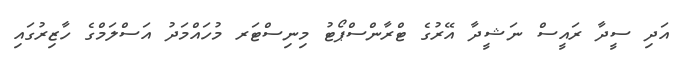
އަދި ސީދާ ރައީސް ނަޝީދާ އޭރުގެ ޓްރާންސްޕޯޓު މިނިސްޓަރ މުހައްމަދު އަސްލަމްގެ ހާޒިރުގައި